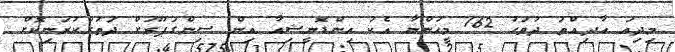
މިދިއަ އާދިއްތަ ދުވަހު 162 މީހުންނާ އެކު އިންޑޮނީޝިއާ އިން ސިންގަޕޫރަށް ދަތުރުކުރަނިކޮށް